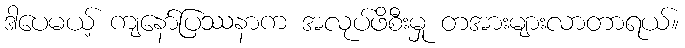
ဒါပေမယ့် ကျနော်ပြဿနာက အလုပ်ဖိစီးမှု တအားများလာတာရယ်။